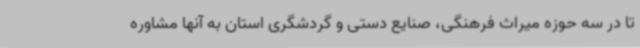
تا در سه حوزه میراث فرهنگی، صنایع دستی و گردشگری استان به آنها مشاوره